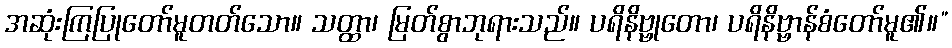
အဆုံးကြပြုတော်မူတတ်သော။ သတ္ထာ၊ မြတ်စွာဘုရားသည်။ ပရိနိဗ္ဗုတော၊ ပရိနိဗ္ဗာန်စံတော်မူ၏။”